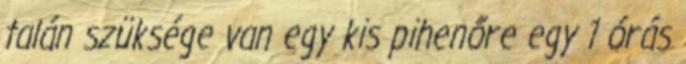
talán szüksége van egy kis pihenőre egy 1 órás